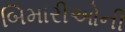
બિમારીઓની